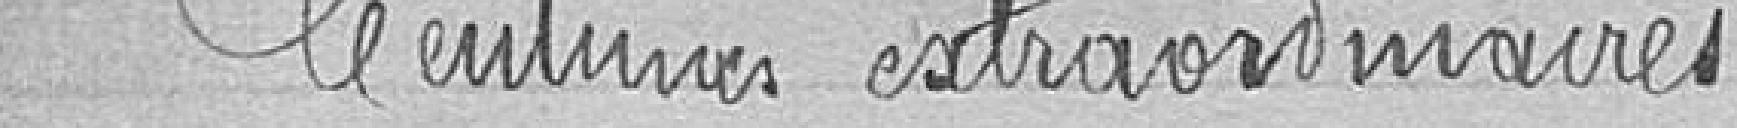
Centimes extraordinaires